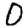
Digit: 0